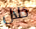
خلال